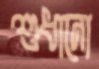
শুধানো